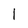
Character: l